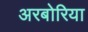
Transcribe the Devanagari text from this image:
अरबोरिया